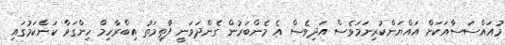
މުއައްސަސާއަކަށް އައްޔަންކުރިނަމަވެސް އަދިވެސް އެ މެންބަރުން ގެންދަވަނީ ފާތިމަތު އިބްރާހިމް ހިންގަވާ ކަންކަމުގައި